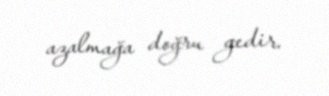
azalmağa doğru gedir.